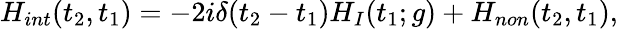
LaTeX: H_{int}(t_{2},t_{1})=-2i\delta(t_{2}-t_{1})H_{I}(t_{1};g)+H_{non}(t_{2},t_{1}),